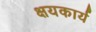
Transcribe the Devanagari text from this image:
क्षयकार्य